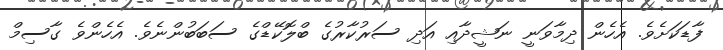
ފާޑަކަށެވެ. އެހެން ދިމާވަނީ ނަޝީދާއި އަދި ސަރުކާރުގެ ބްލޮކޭޑްގެ ސަބަބުންނެވެ. އެހެންވެ ގާސިމް